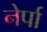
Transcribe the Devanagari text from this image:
नेर्पा